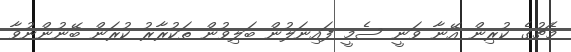
މެޗުގެ ކުރިން އޭނާ ވަނީ ސެމީ ފައިނަލުން ބަލިވުން ތަކުރާރު ކުރަން ބޭނުންނުވާ